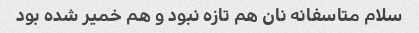
سلام متاسفانه نان هم تازه نبود و هم خمیر شده بود